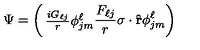
\Psi = \left( \begin{matrix} { { \frac { i G _ { \ell j } } { r } } \phi _ { j m } ^ { \ell } } \\ { { \frac { F _ { \ell j } } { r } } { { \mathrm { \boldmath \sigma } } \cdot { \bf { \hat { r } } } } \phi _ { j m } ^ { \ell } } \\ \end{matrix} \right)